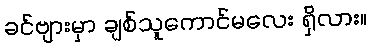
ခင်ဗျားမှာ ချစ်သူကောင်မလေး ရှိလား။